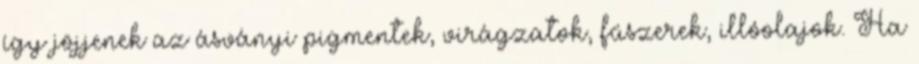
így jöjjenek az ásványi pigmentek, virágzatok, fűszerek, illóolajok. Ha